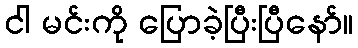
ငါ မင်းကို ပြောခဲ့ပြီးပြီနော်။